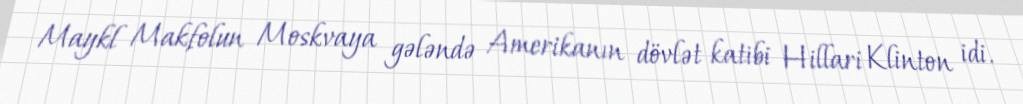
Maykl Makfolun Moskvaya gələndə Amerikanın dövlət katibi Hillari Klinton idi.